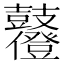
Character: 𪔶